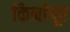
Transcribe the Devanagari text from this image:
किर्नापूर